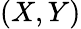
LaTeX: (X,Y)